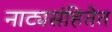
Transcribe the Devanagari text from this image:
नाट्यसंहितेत